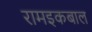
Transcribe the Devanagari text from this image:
रामइकबाल